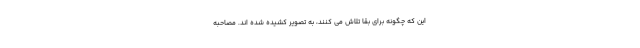
این که چگونه برای بقا تلاش می کنند، به تصویر کشیده شده اند. مصاحبه